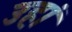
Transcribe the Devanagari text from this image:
उहां